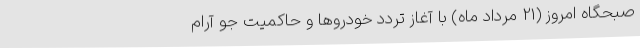
صبحگاه امروز (21 مرداد ماه) با آغاز تردد خودروها و حاکمیت جو آرام